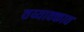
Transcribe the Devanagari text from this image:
तय्याक्काव